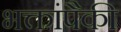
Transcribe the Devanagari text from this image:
भक्तांपैकी